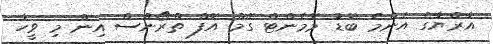
އާރްޔާގެ އެންމެ ބޮޑު މޮމެންޓް ގޭމް އޮފް ތްރޯންސް އިން މި ވީހާ